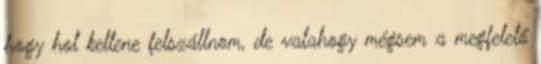
hogy hol kellene felszállnom, de valahogy mégsem a megfelelő